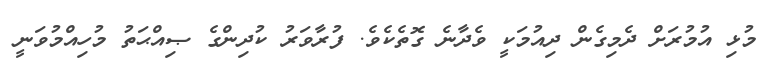
މުޅި އުމުރަށް ދެމިގެން ދިއުމަކީ ވެދާނެ ގޮތެކެވެ. ފުރާވަރު ކުދިންގެ ޞިއްޙަތު މުހިއްމުވަނީ